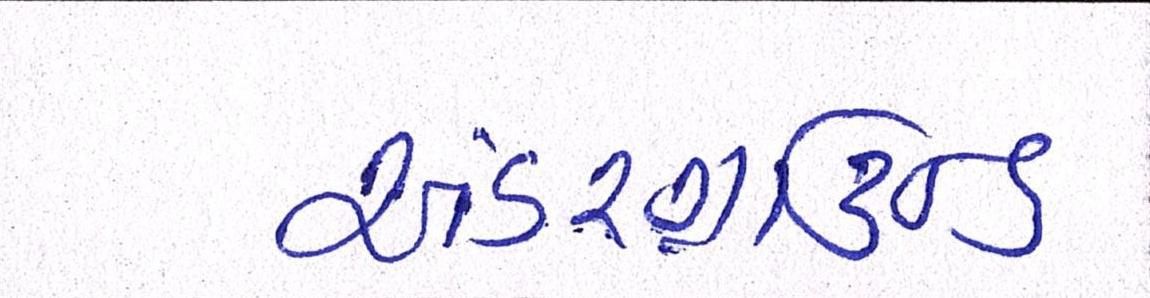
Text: અંડરગ્રાઉન્ડ